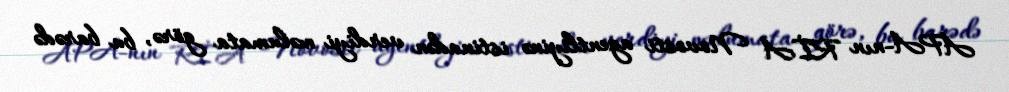
APA-nın RİA Novosti agentliyinə istinadən verdiyi məlumata görə, bu barədə